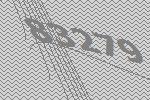
83279